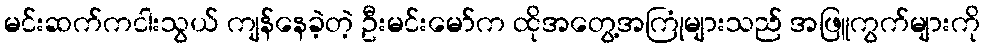
မင်းဆက်ကငါးသွယ် ကျန်နေခဲ့တဲ့ ဦးမင်းမော်က ထိုအတွေ့အကြုံများသည် အဖြူကွက်များကို